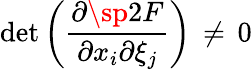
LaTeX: \operatorname*{det}\left({\frac{\partial\sp 2F}{\partial x_{i}\partial\xi_{j}}}\right)\, \ne\, 0